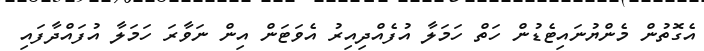
އެގޮތުން މެންޔުނައިޓެޑުން ހަތް ހަމަލާ އުފެއްދިއިރު އެވަޓަން އިން ނަވާރަ ހަމަލާ އުފައްދާފައި